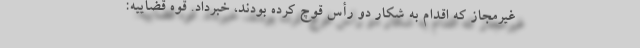
غیرمجاز که اقدام به شکار دو رأس قوچ کرده بودند، خبرداد. قوه قضاییه: